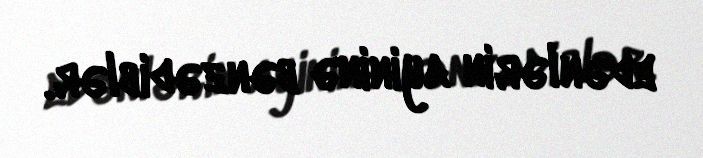
edənlərin ayininə bənzədiblər.